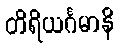
တိရိယင်္ဂမာနိ